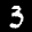
Digit: 3